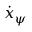
\dot { x } _ { \psi }